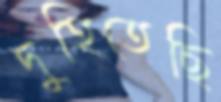
দুহিতেছি